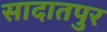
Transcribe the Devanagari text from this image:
सादातपुर